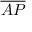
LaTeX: \overline { { A P } }